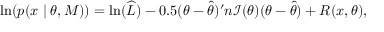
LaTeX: \ln ( p ( x \mid \theta , M ) ) = \ln ( { \widehat { L } } ) - 0 . 5 ( \theta - { \widehat { \theta } } ) ^ { \prime } n { \mathcal { I } } ( \theta ) ( \theta - { \widehat { \theta } } ) + R ( x , \theta ) ,